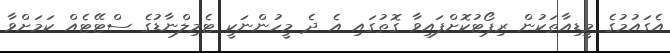
އެގައުމުގެ މީޑިއާތަކުން ރިޕޯޓުކޮށްފައިވާ ގޮތުގައި އެ ދެ މީހުންނަކީ ޓެމިލްނާޑުގެ ސްޓޭޓެއް ކަމަށްވާ